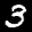
Label: 3